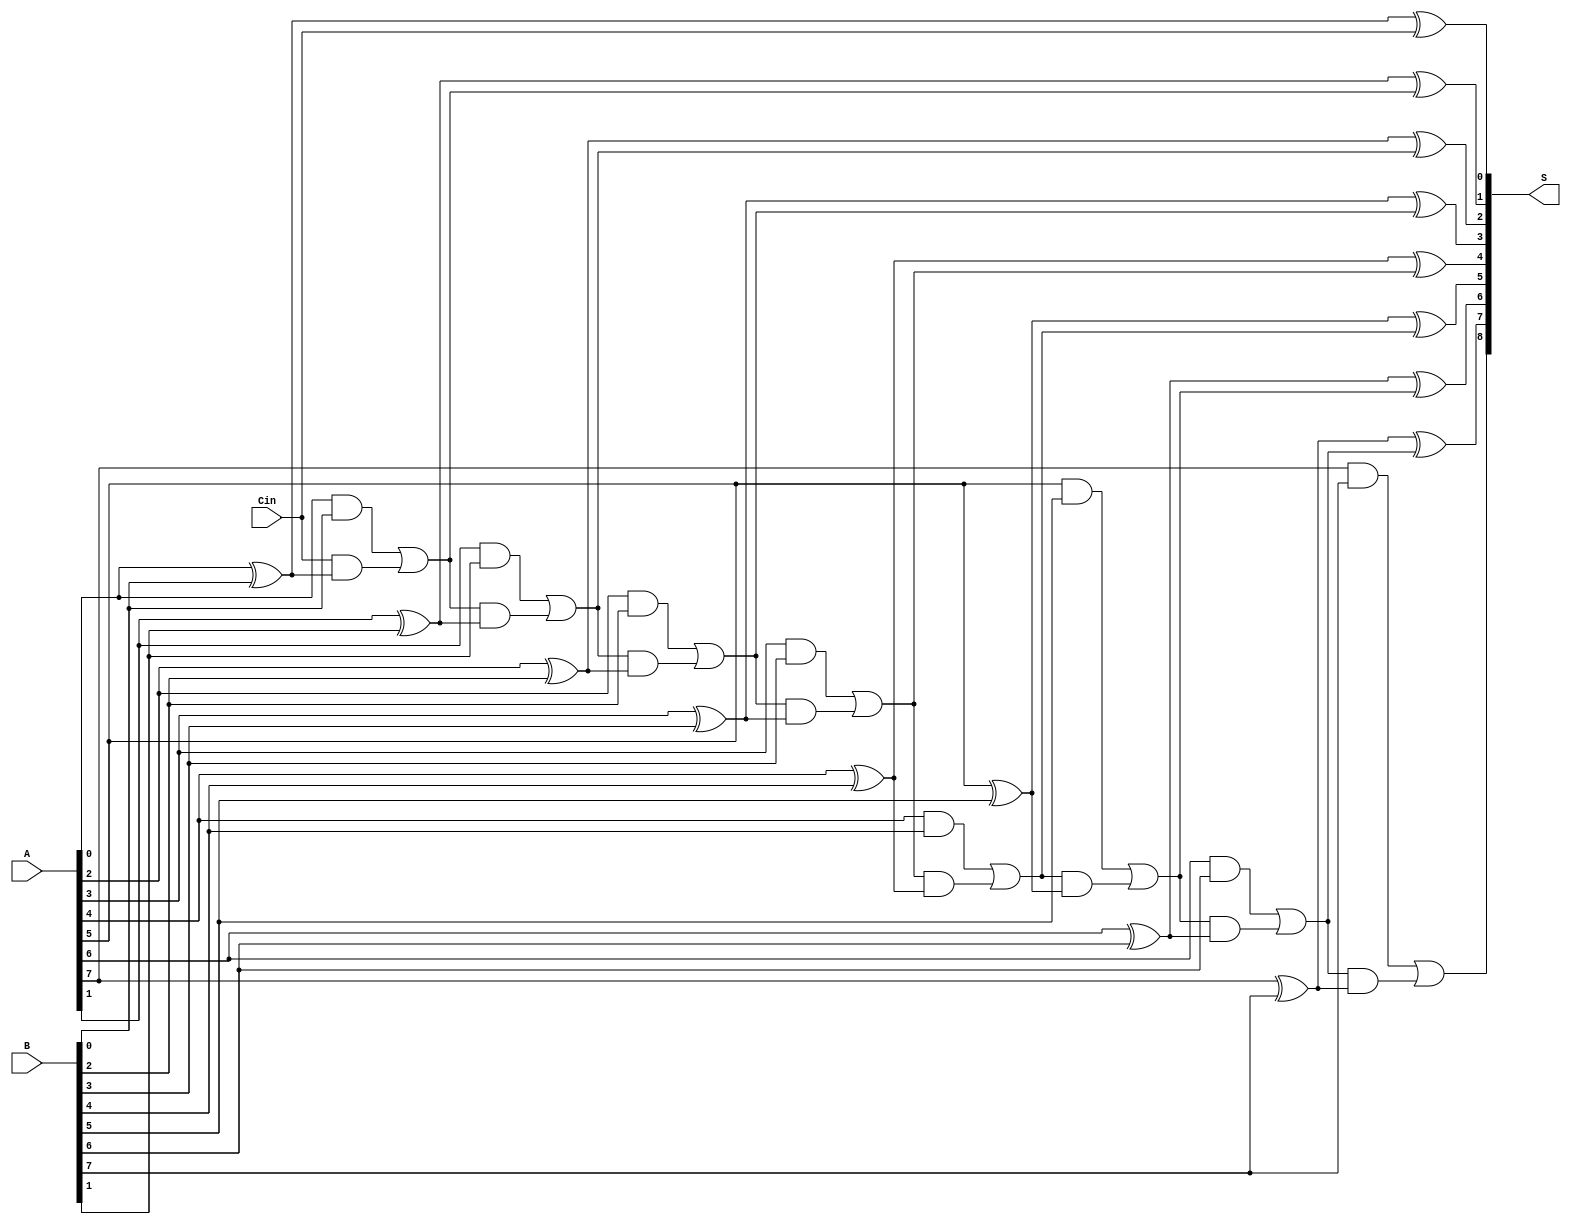
module PrecomputationCarryAdder #(parameter N = 8) (
    input  wire [N-1:0] A,   // First N-bit input
    input  wire [N-1:0] B,   // Second N-bit input
    input  wire Cin,          // Carry input
    output wire [N:0] S       // (N+1)-bit output
);

    wire [N:0] C;            // Carry signals for each bit position
    wire [N-1:0] sum;        // Intermediate sum output for each bit
    
    // Precompute carries for each bit position
    // C[0] is the initial carry which is Cin
    assign C[0] = Cin;
    
    genvar i;
    generate
        for (i = 0; i < N; i = i + 1) begin: carry_generation
            assign C[i+1] = (A[i] & B[i]) | (C[i] & (A[i] ^ B[i]));
            assign sum[i] = A[i] ^ B[i] ^ C[i];  // Sum calculation
        end
    endgenerate

    // The final output S is the concatenation of N-bit sum and carry out
    assign S = {C[N], sum};  // S[N] is Cout and S[N-1:0] is the sum

endmodule